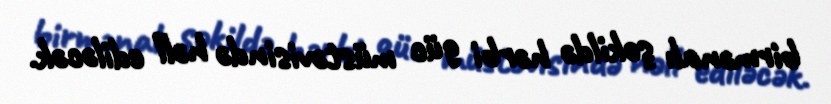
birmənalı şəkildə hərbi güc müstəvisində həll ediləcək.